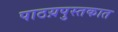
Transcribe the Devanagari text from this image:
पाठय़पुस्तकात